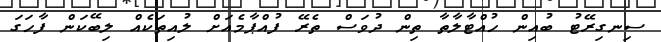
ސިނގިރޭޓު ބުއިން ހުއްޓާލާތާ ތިން ދުވަސް ތެރޭ ފުއްޕާމެއަށް ލުއިތަކެއް ލިބޭކަން ފާހަގަ